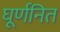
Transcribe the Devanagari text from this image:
घूर्णनित